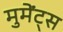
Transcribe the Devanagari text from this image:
मुमेंट्स